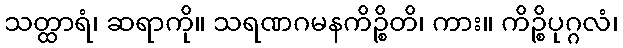
သတ္ထာရံ၊ ဆရာကို။ သရဏဂမနကိဉ္စိတိ၊ ကား။ ကိဉ္စိပုဂ္ဂလံ၊